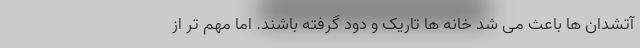
آتشدان ها باعث می شد خانه ها تاریک و دود گرفته باشند. اما مهم تر از